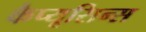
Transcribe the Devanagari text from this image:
कैप्यूसिन्स